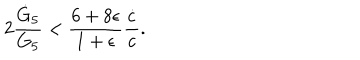
2 { \frac { \dot { G } _ { 5 } } { G _ { 5 } } } < { \frac { 6 + 8 \epsilon } { 1 + \epsilon } } { \frac { \dot { c } } { c } } .